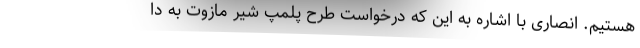
هستیم. انصاری با اشاره به این که درخواست طرح پلمپ شیر مازوت به دا